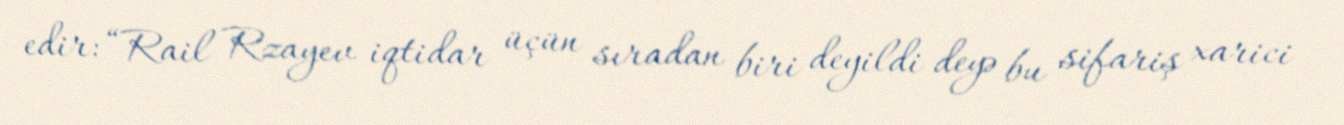
edir: “Rail Rzayev iqtidar üçün sıradan biri deyildi deyə bu sifariş xarici